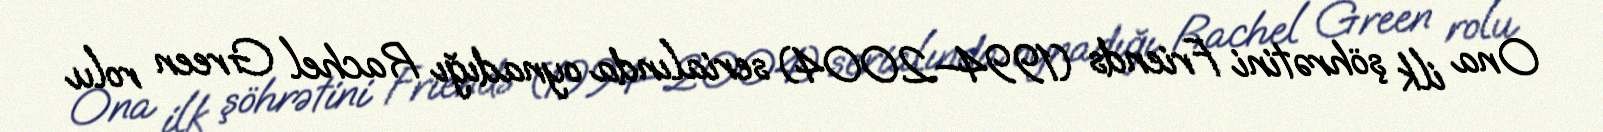
Ona ilk şöhrətini Friends (1994–2004) serialında oynadığı Rachel Green rolu